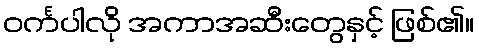
ဝင်္ကပါလို အကာအဆီးတွေနှင့် ဖြစ်၏။